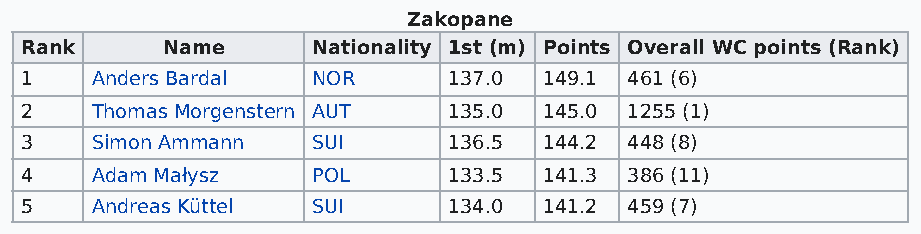
Zakopane
 Rank      Name      Nationality 1st (m) Points Overall WC points (Rank)
 1    Anders Bardal  NOR      137.0 149.1 461 (6)
 2    Thomas Morgenstern AUT  135.0 145.0 1255 (1)
 3    Simon Ammann   SUI      136.5 144.2 448 (8)
 4    Adam Małysz    POL      133.5 141.3 386 (11)
 5    Andreas Küttel SUI      134.0 141.2 459 (7)